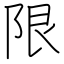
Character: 限